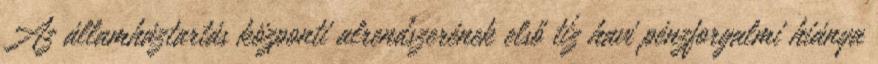
Az államháztartás központi alrendszerének első tíz havi pénzforgalmi hiánya